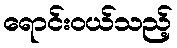
ရောင်းဝယ်သည့်